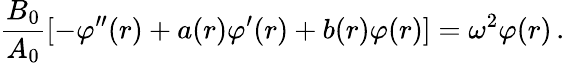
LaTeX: {\frac{B_{0}}{A_{0}}}[-\varphi^{\prime\prime}(r)+a(r)\varphi^{\prime}(r)+b(r)\varphi(r)]=\omega^{2}\varphi(r)\, .